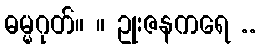
ဓမ္မဂုတ်။ ။ ဥုးဇနကရေ ..